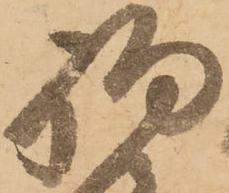
駒